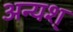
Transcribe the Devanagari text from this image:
अन्यश्